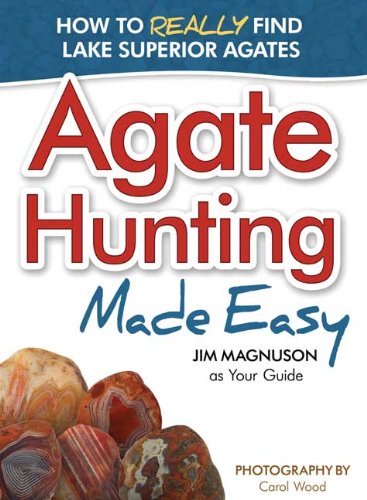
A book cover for Agate Hunting Made Easy: How to Really Find Lake Superior Agates; James Magnuson; Science & Math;